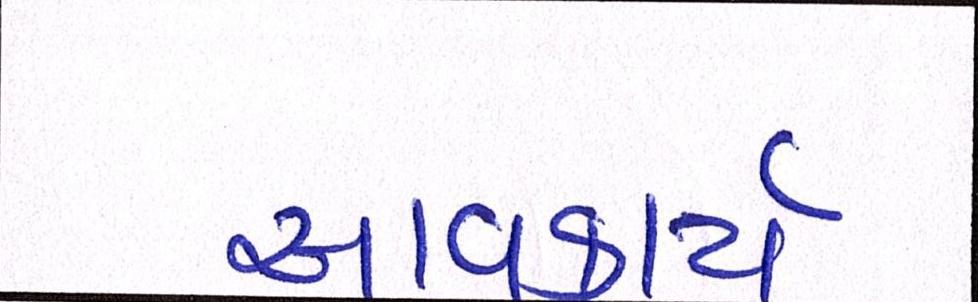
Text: આવકાર્ય